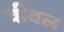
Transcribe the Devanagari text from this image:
वीवल